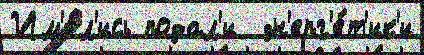
Им'е́л'ись подал'и  эн'ерг'е́т'ик'и